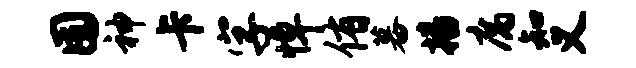
囿神卡字悼侑暮播腐知义